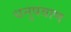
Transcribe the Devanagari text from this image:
धनुषवाण